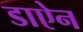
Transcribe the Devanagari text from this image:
डाऐन